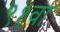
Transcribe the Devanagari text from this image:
९१वा